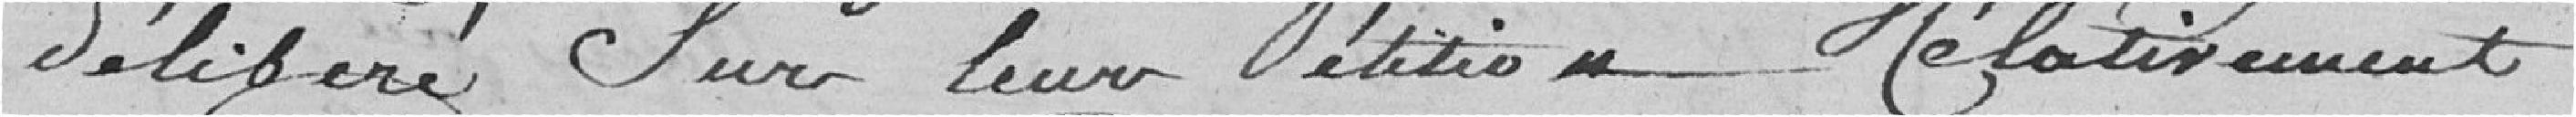
délibéré sur leur pétition relativement